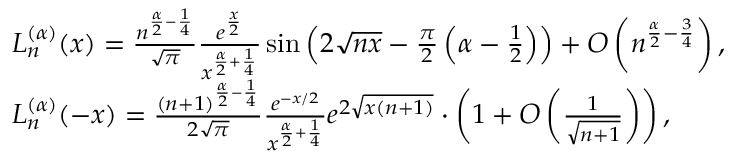
{ \begin{array} { r l } & { L _ { n } ^ { ( \alpha ) } ( x ) = { \frac { n ^ { { \frac { \alpha } { 2 } } - { \frac { 1 } { 4 } } } } { \sqrt { \pi } } } { \frac { e ^ { \frac { x } { 2 } } } { x ^ { { \frac { \alpha } { 2 } } + { \frac { 1 } { 4 } } } } } \sin \left( 2 { \sqrt { n x } } - { \frac { \pi } { 2 } } \left( \alpha - { \frac { 1 } { 2 } } \right) \right) + O \left( n ^ { { \frac { \alpha } { 2 } } - { \frac { 3 } { 4 } } } \right) , } \\ & { L _ { n } ^ { ( \alpha ) } ( - x ) = { \frac { ( n + 1 ) ^ { { \frac { \alpha } { 2 } } - { \frac { 1 } { 4 } } } } { 2 { \sqrt { \pi } } } } { \frac { e ^ { - x / 2 } } { x ^ { { \frac { \alpha } { 2 } } + { \frac { 1 } { 4 } } } } } e ^ { 2 { \sqrt { x ( n + 1 ) } } } \cdot \left( 1 + O \left( { \frac { 1 } { \sqrt { n + 1 } } } \right) \right) , } \end{array} }